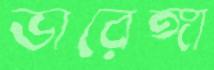
ভারেঙ্গা